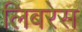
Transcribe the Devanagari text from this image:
लिबरेस